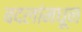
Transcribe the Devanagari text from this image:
बदलांमधून